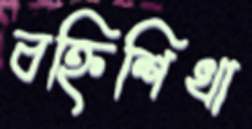
বহ্নিশিখা